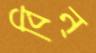
বিন্